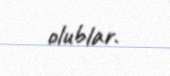
olublar.